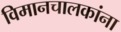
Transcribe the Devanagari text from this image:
विमानचालकांना